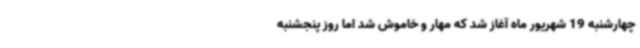
چهارشنبه 19 شهریور ماه آغاز شد که مهار و خاموش شد اما روز پنجشنبه